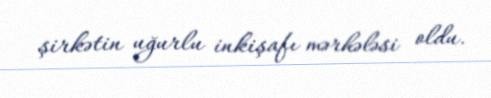
şirkətin uğurlu inkişafı mərhələsi oldu.